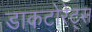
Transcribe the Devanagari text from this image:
डाकटोरेट्स